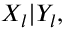
\begin{array} { r } { X _ { l } | Y _ { l } , } \end{array}